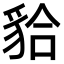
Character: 𧳇